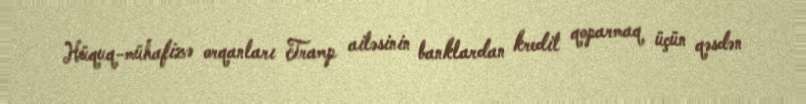
Hüquq-mühafizə orqanları Tramp ailəsinin banklardan kredit qoparmaq üçün qəsdən